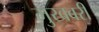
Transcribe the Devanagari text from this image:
मुखबरी